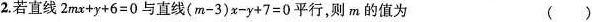
2.若直线$$2 + y + 6 = 0$$与直线$$( m - 3 ) x - y + 7 = 0$$平行,则m的值为（）